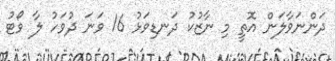
ދަންނަވާލަން އޮތީ މި ނާޒުކު ދަނޑިވަޅު 16 ވަނަ ދުވަހު ލާ ވޯޓު